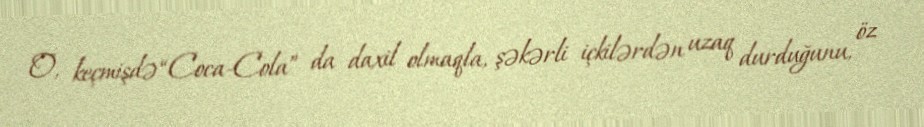
O, keçmişdə “Coca-Cola” da daxil olmaqla, şəkərli içkilərdən uzaq durduğunu, öz